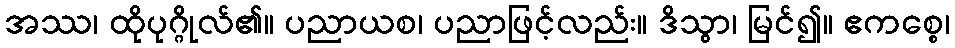
အဿ၊ ထိုပုဂ္ဂိုလ်၏။ ပညာယစ၊ ပညာဖြင့်လည်း။ ဒိသွာ၊ မြင်၍။ ဧကစ္စေ၊